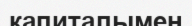
капиталымен